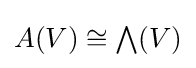
A(V)\cong {\textstyle \bigwedge }(V)